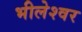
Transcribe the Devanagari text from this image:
भीलेश्‍वर